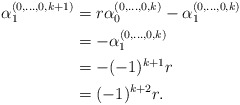
\begin{align*}\alpha_1^{(0,\ldots,0,k+1)}&=r\alpha_0^{(0,\ldots,0,k)}-\alpha_1^{(0,\ldots,0,k)}\\&=-\alpha_1^{(0,\ldots,0,k)}\\&=-(-1)^{k+1} r\\&=(-1)^{k+2} r.\end{align*}